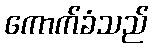
ကောက်ခံသည်